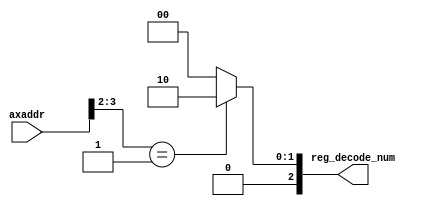
module mig_7series_v4_0_axi_ctrl_addr_decode #
(
///////////////////////////////////////////////////////////////////////////////
// Parameter Definitions
///////////////////////////////////////////////////////////////////////////////
  // Width of AXI-4-Lite address bus
  parameter integer C_ADDR_WIDTH        = 32,
  // Number of Registers
  parameter integer C_NUM_REG           = 5,
  parameter integer C_NUM_REG_WIDTH     = 3,
  // Number of Registers
  parameter         C_REG_ADDR_ARRAY = 160'h0000_f00C_0000_f008_0000_f004_0000_f000_FFFF_FFFF,
  parameter         C_REG_RDWR_ARRAY = 5'b00101

)
(
///////////////////////////////////////////////////////////////////////////////
// Port Declarations     
///////////////////////////////////////////////////////////////////////////////
  // AXI4-Lite Slave Interface
  // Slave Interface System Signals           
  input  wire [C_ADDR_WIDTH-1:0]            axaddr          , 
  // Slave Interface Write Data Ports
  output wire [C_NUM_REG_WIDTH-1:0]         reg_decode_num
);

////////////////////////////////////////////////////////////////////////////////
// Functions
////////////////////////////////////////////////////////////////////////////////

function [C_ADDR_WIDTH-1:0] calc_bit_mask (
  input [C_NUM_REG*C_ADDR_WIDTH-1:0] addr_decode_array
);
begin : func_calc_bit_mask
  integer i;
  reg [C_ADDR_WIDTH-1:0] first_addr;
  reg [C_ADDR_WIDTH-1:0] bit_mask;

  calc_bit_mask = {C_ADDR_WIDTH{1'b0}};
  first_addr = addr_decode_array[C_ADDR_WIDTH+:C_ADDR_WIDTH];

  for (i = 2; i < C_NUM_REG; i = i + 1) begin
    bit_mask = first_addr ^ addr_decode_array[C_ADDR_WIDTH*i +: C_ADDR_WIDTH];
    calc_bit_mask = calc_bit_mask | bit_mask;
  end
end
endfunction

function integer lsb_mask_index (
  input [C_ADDR_WIDTH-1:0] mask
);
begin : my_lsb_mask_index
  lsb_mask_index = 0;
  while ((lsb_mask_index < C_ADDR_WIDTH-1) && ~mask[lsb_mask_index]) begin 
    lsb_mask_index = lsb_mask_index + 1;
  end
end
endfunction

function integer msb_mask_index (
  input [C_ADDR_WIDTH-1:0] mask
);
begin : my_msb_mask_index
  msb_mask_index = C_ADDR_WIDTH-1;
  while ((msb_mask_index > 0) && ~mask[msb_mask_index]) begin 
      msb_mask_index = msb_mask_index - 1;
  end
end
endfunction

////////////////////////////////////////////////////////////////////////////////
// Local parameters
////////////////////////////////////////////////////////////////////////////////
localparam P_ADDR_BIT_MASK      = calc_bit_mask(C_REG_ADDR_ARRAY);
localparam P_MASK_LSB           = lsb_mask_index(P_ADDR_BIT_MASK);
localparam P_MASK_MSB           = msb_mask_index(P_ADDR_BIT_MASK);
localparam P_MASK_WIDTH         = P_MASK_MSB - P_MASK_LSB + 1;

////////////////////////////////////////////////////////////////////////////////
// Wires/Reg declarations
////////////////////////////////////////////////////////////////////////////////
integer i;
(* rom_extract = "no" *)
reg [C_NUM_REG_WIDTH-1:0] reg_decode_num_i;

////////////////////////////////////////////////////////////////////////////////
// BEGIN RTL
///////////////////////////////////////////////////////////////////////////////
always @(*) begin 
  reg_decode_num_i = {C_NUM_REG_WIDTH{1'b0}};
  for (i = 1; i < C_NUM_REG; i = i + 1) begin : decode_addr
    if ((axaddr[P_MASK_MSB:P_MASK_LSB] == C_REG_ADDR_ARRAY[i*C_ADDR_WIDTH+P_MASK_LSB+:P_MASK_WIDTH]) 
        && C_REG_RDWR_ARRAY[i] ) begin
      reg_decode_num_i = i[C_NUM_REG_WIDTH-1:0];
    end
  end
end

assign reg_decode_num = reg_decode_num_i;

endmodule